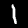
Digit: 1